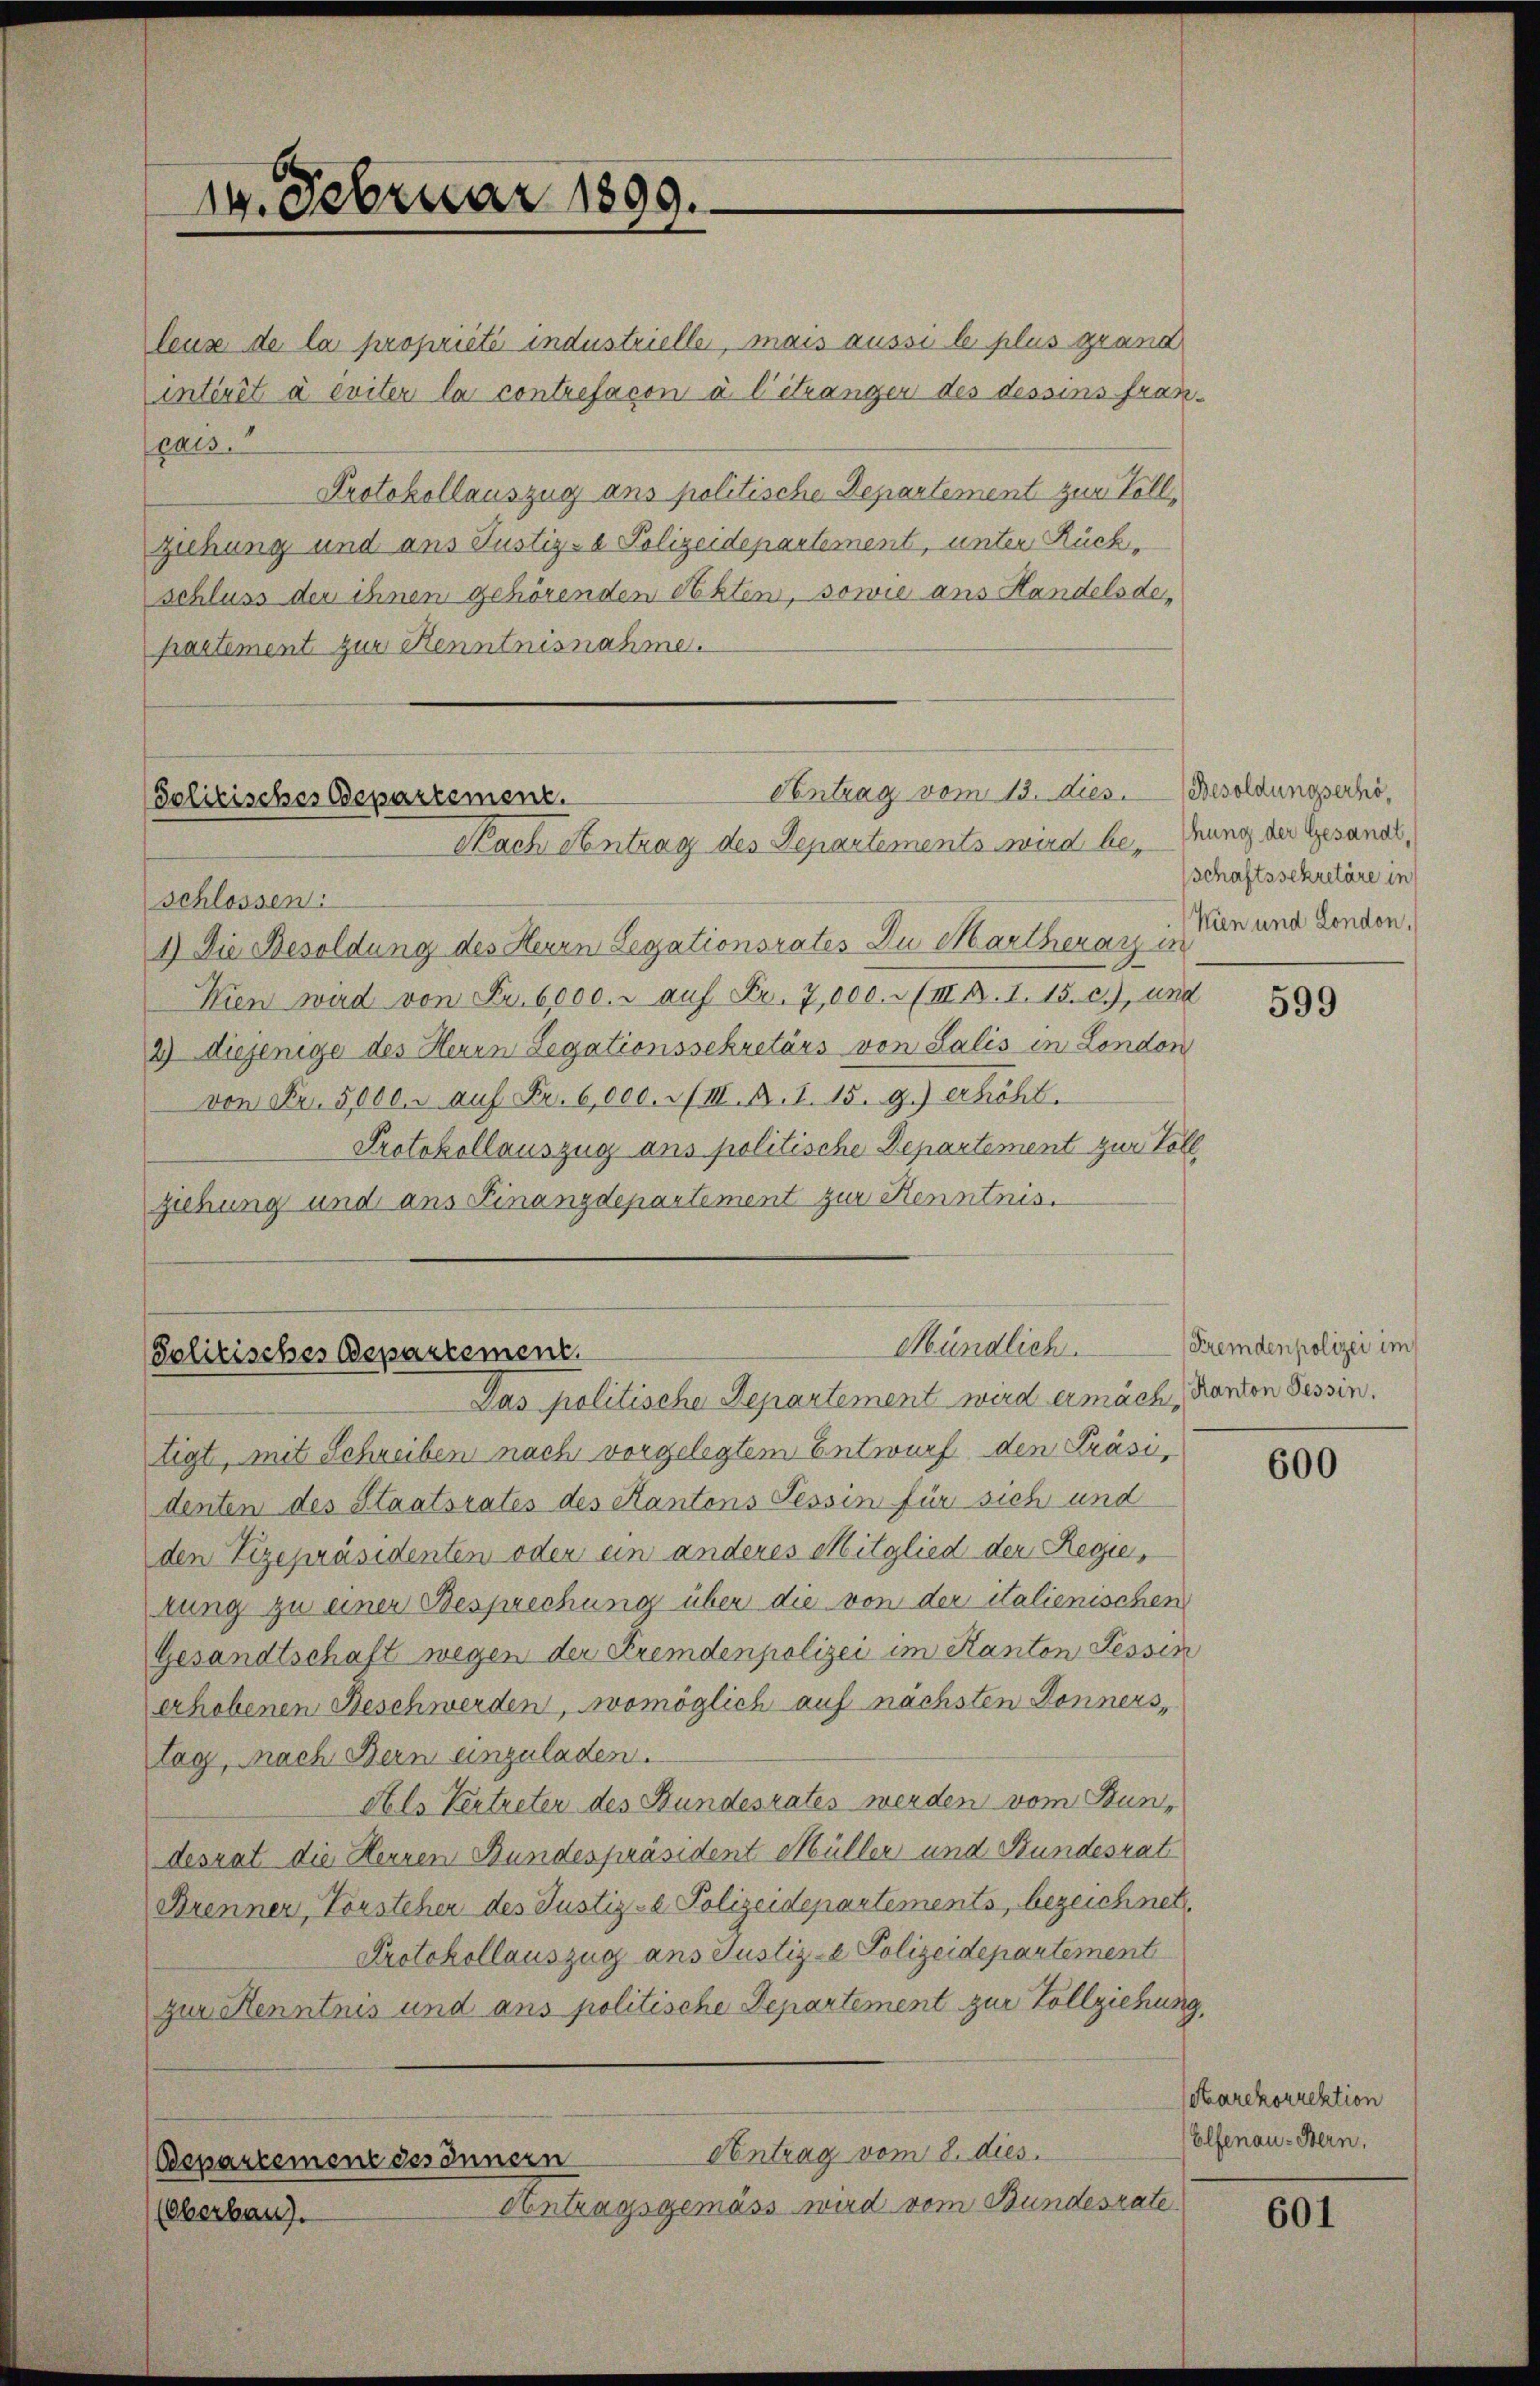
14. Februar 1899.

Centrag vom 13. Dies. Besoldungserhö¬
Solitisches Departement.
Nach Antrag des Departements wird be- Tung der Gesandt,

Mündlich.
Solitisches Departement

leuse de la proprieté industrielle, mais aussi le plus grand
intivit à éviter la contrefacon à l’étranger des dessins fran-
pais.
Protokollauszug ans politische Departement zur Vollziehung und aus Justiz- & Polizeidepartement, unter Rückschluss der ihnen gehörenden Akten, sowie ans Handelsdepartement zur Kenntnisnahme.

schlossen:
1.) Die Besoldung des Herrn Legationsrates Du Martheray is
Kien wird von Fr. 6000. u auf Fr. 7,000. - (II p. 1. 15. c.), und
2) diejenige des Herrn Legationssekretärs von Salis in London
von Fr. 5000. auf Fr. 6,000. II. A. 1. 15. 9.) erhöht.
Protokollauszug ans politische Departement zur Voll
ziehung und ans Finanzdepartement zur Kenntnis.

Das politische Departement wird ermäch, Kanton Tessin,
tigt, mit Schreiben nach vorgelegtem Entwurf den Präsi
denten des Staatsrates des Kantons Tessin für sich und
den Vizepräsidenten oder ein anderes Mitglied der Regietung zu einer Besprechung über die von der italienischen
Gesandtschaft wegen der Fremdenpolizei im Kanton Tessin
erhobenen Beschwerden, womöglich auf nächsten Donnerstag, nach Bern einzuladen.
Als Vertreter des Bundesrates werden vom Bundesrat die Herren Bundespräsident Müller und Bundesrat
Brenner, Vorsteher des Justiz- & Polizeidepartements, bezeichnet,
Protokollauszug ans Justiz- & Polizeidepartement
zur Kenntnis und aus politische Departement zur Vollziehung,
Contrag vom 8. dies
Departement des Innern
Antragsgemäss wird vom Bundesrate
(Oberbau).

schaftssekretäre in
Wien und London,

599

Fremdenpolizei im

600

Karekorrektion
Elfenau - Bern.

601